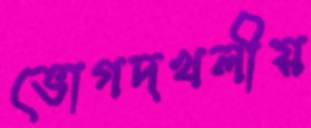
ভোগদখলীয়